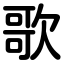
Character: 歌